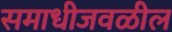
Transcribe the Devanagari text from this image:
समाधीजवळील